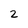
Character: 2